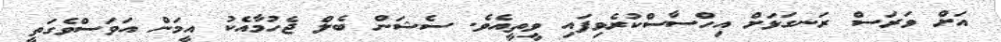
އަށް ވަރަސް ރަނގަޅަށް އިހްސާސްކުރެވިފައި ވީތީއެވެ. ސެޝަން ބެލް ޖެހުމާއެކު އީމަން އަވަސްވެގަތީ